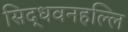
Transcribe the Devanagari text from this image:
सिद्धवनहल्लि